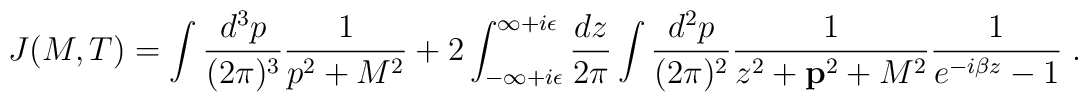
J(M,T)=\int\frac{d^3p}{(2\pi)^3}\frac{1}{p^2+M^2} +2\int_{-\infty+i\epsilon}^{\infty+i\epsilon}\frac{dz}{2\pi}\int\frac{d^2p}{(2\pi)^2}\frac{1}{z^2+{\bf p}^2+M^2}\frac{1}{e^{-i\beta z}-1}\;.